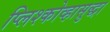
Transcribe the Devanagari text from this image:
प्लिश्कोव्हासुद्धा